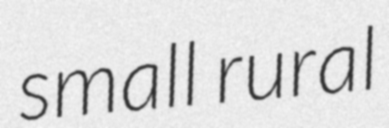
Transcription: small rural